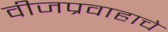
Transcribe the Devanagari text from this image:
वीजप्रवाहाचे